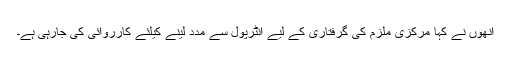
انھوں نے کہا مرکزی ملزم کی گرفتاری کے لیے انٹرپول سے مدد لینے کیلئے کارروائی کی جارہی ہے۔